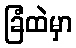
ခြံထဲမှာ